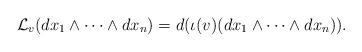
LaTeX: \begin{align*}{\mathcal L}_v(dx_1\wedge\cdots\wedge dx_n)=d(\iota(v)(dx_1\wedge\cdots\wedge dx_n)).\end{align*}